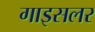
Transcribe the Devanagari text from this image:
गाइसलर